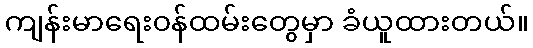
ကျန်းမာရေး၀န်ထမ်းတွေမှာ ခံယူထားတယ်။